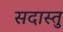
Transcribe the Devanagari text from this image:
सदास्तु